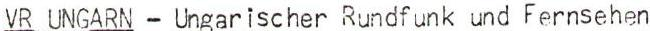
VR UNGARN - Ungarischer Rundfunk und Fernsehen